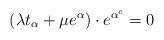
LaTeX: \begin{align*}(\lambda t_\alpha + \mu e^{\alpha}) \cdot e^{\alpha^c}= 0\end{align*}